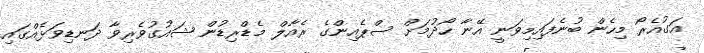
އަގުއެރޯ މިހެން ބުނެފައިމިވަނީ އޭނާ ހޯދުމަށް ސްޕެއިންގެ ރެއާލް މެޑްރިޑުން ޝައުގުވެރިވާ ދަނޑިވަޅެއްގައި